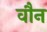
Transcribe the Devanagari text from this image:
वौन